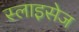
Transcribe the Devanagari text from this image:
स्लाइसेज